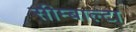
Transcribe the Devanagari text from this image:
सीम्बाल्टा